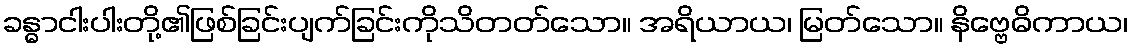
ခန္ဓာငါးပါးတို့၏ဖြစ်ခြင်းပျက်ခြင်းကိုသိတတ်သော။ အရိယာယ၊ မြတ်သော။ နိဗ္ဗေဓိကာယ၊